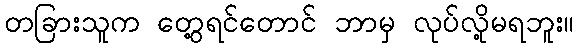
တခြားသူက တွေ့ရင်တောင် ဘာမှ လုပ်လို့မရဘူး။